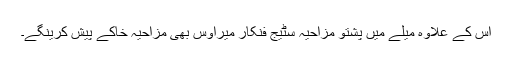
اس کے علاوہ میلے میں پشتو مزاحیہ سٹیج فنکار میراوس بھی مزاحیہ خاکے پیش کرینگے۔